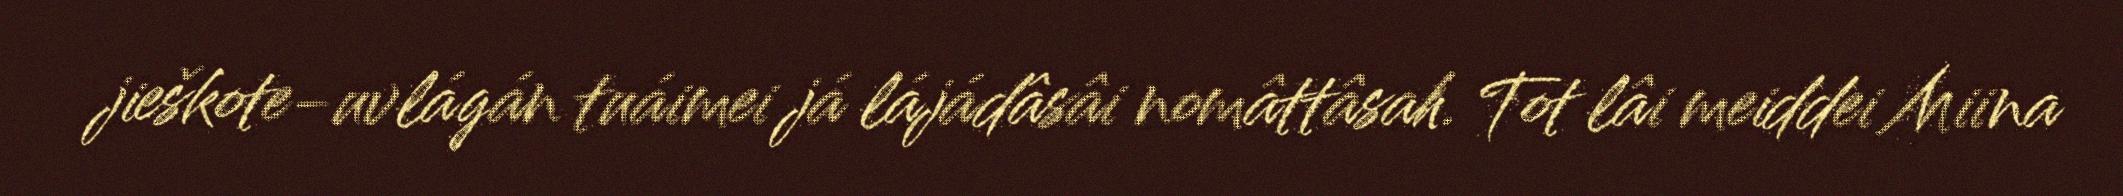
jieškote-uvlágán tuáimei já lájádâsâi nomâttâsah. Tot lâi meiddei Miina